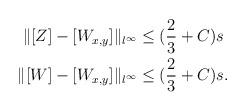
LaTeX: \begin{align*} \begin{aligned} \|[Z] - [W_{x,y}]\|_{l^\infty}&\le(\frac{2}{3}+C)s\\ \|[W] - [W_{x,y}]\|_{l^\infty}&\le(\frac{2}{3}+C)s. \end{aligned} \end{align*}